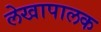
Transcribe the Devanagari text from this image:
लेखापालक